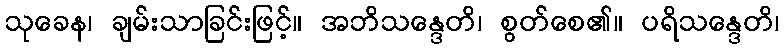
သုခေန၊ ချမ်းသာခြင်းဖြင့်။ အဘိသန္ဒေတိ၊ စွတ်စေ၏။ ပရိသန္ဒေတိ၊